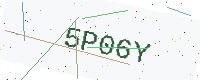
Text: 5P06Y